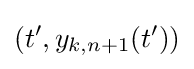
(t',y_{k,n+1}(t'))